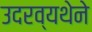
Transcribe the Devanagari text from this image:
उदरव्यथेने